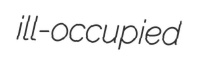
ill-occupied